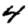
Digit: 4